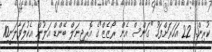
ކުރިން. 22 އަހަރަށްފަހު "ގަންސް އެން ރޯޒެޒް"ގެ އޮރިޖިނަލް ބޭންޑް އަލުން އެކުލަވާލަނީ10